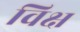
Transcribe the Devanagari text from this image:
विक्ष